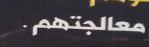
معالجتهم